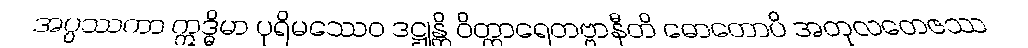
အပ္ပဿကာ ဣဒ္ဓိမာ ပုရိမဿေဝ ဒဋ္ဌုန္တိ ဝိတ္ထာရေတဗ္ဗာနီတိ ဓောတောပိ အတုလတေဇဿ